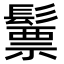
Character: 𩮳